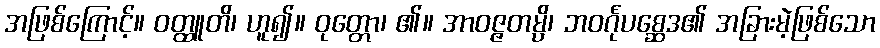
အဖြစ်ကြောင့်။ ဝတ္ထူတိ၊ ဟူ၍။ ဝုတ္တော၊ ၏။ အာဝဇ္ဇတမ္ပိ၊ ဘဝင်္ဂုပစ္ဆေဒ၏ အခြားမဲ့ဖြစ်သော